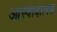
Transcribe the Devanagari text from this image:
आस्वादात्मक